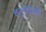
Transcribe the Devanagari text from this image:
चतुष्खंडी